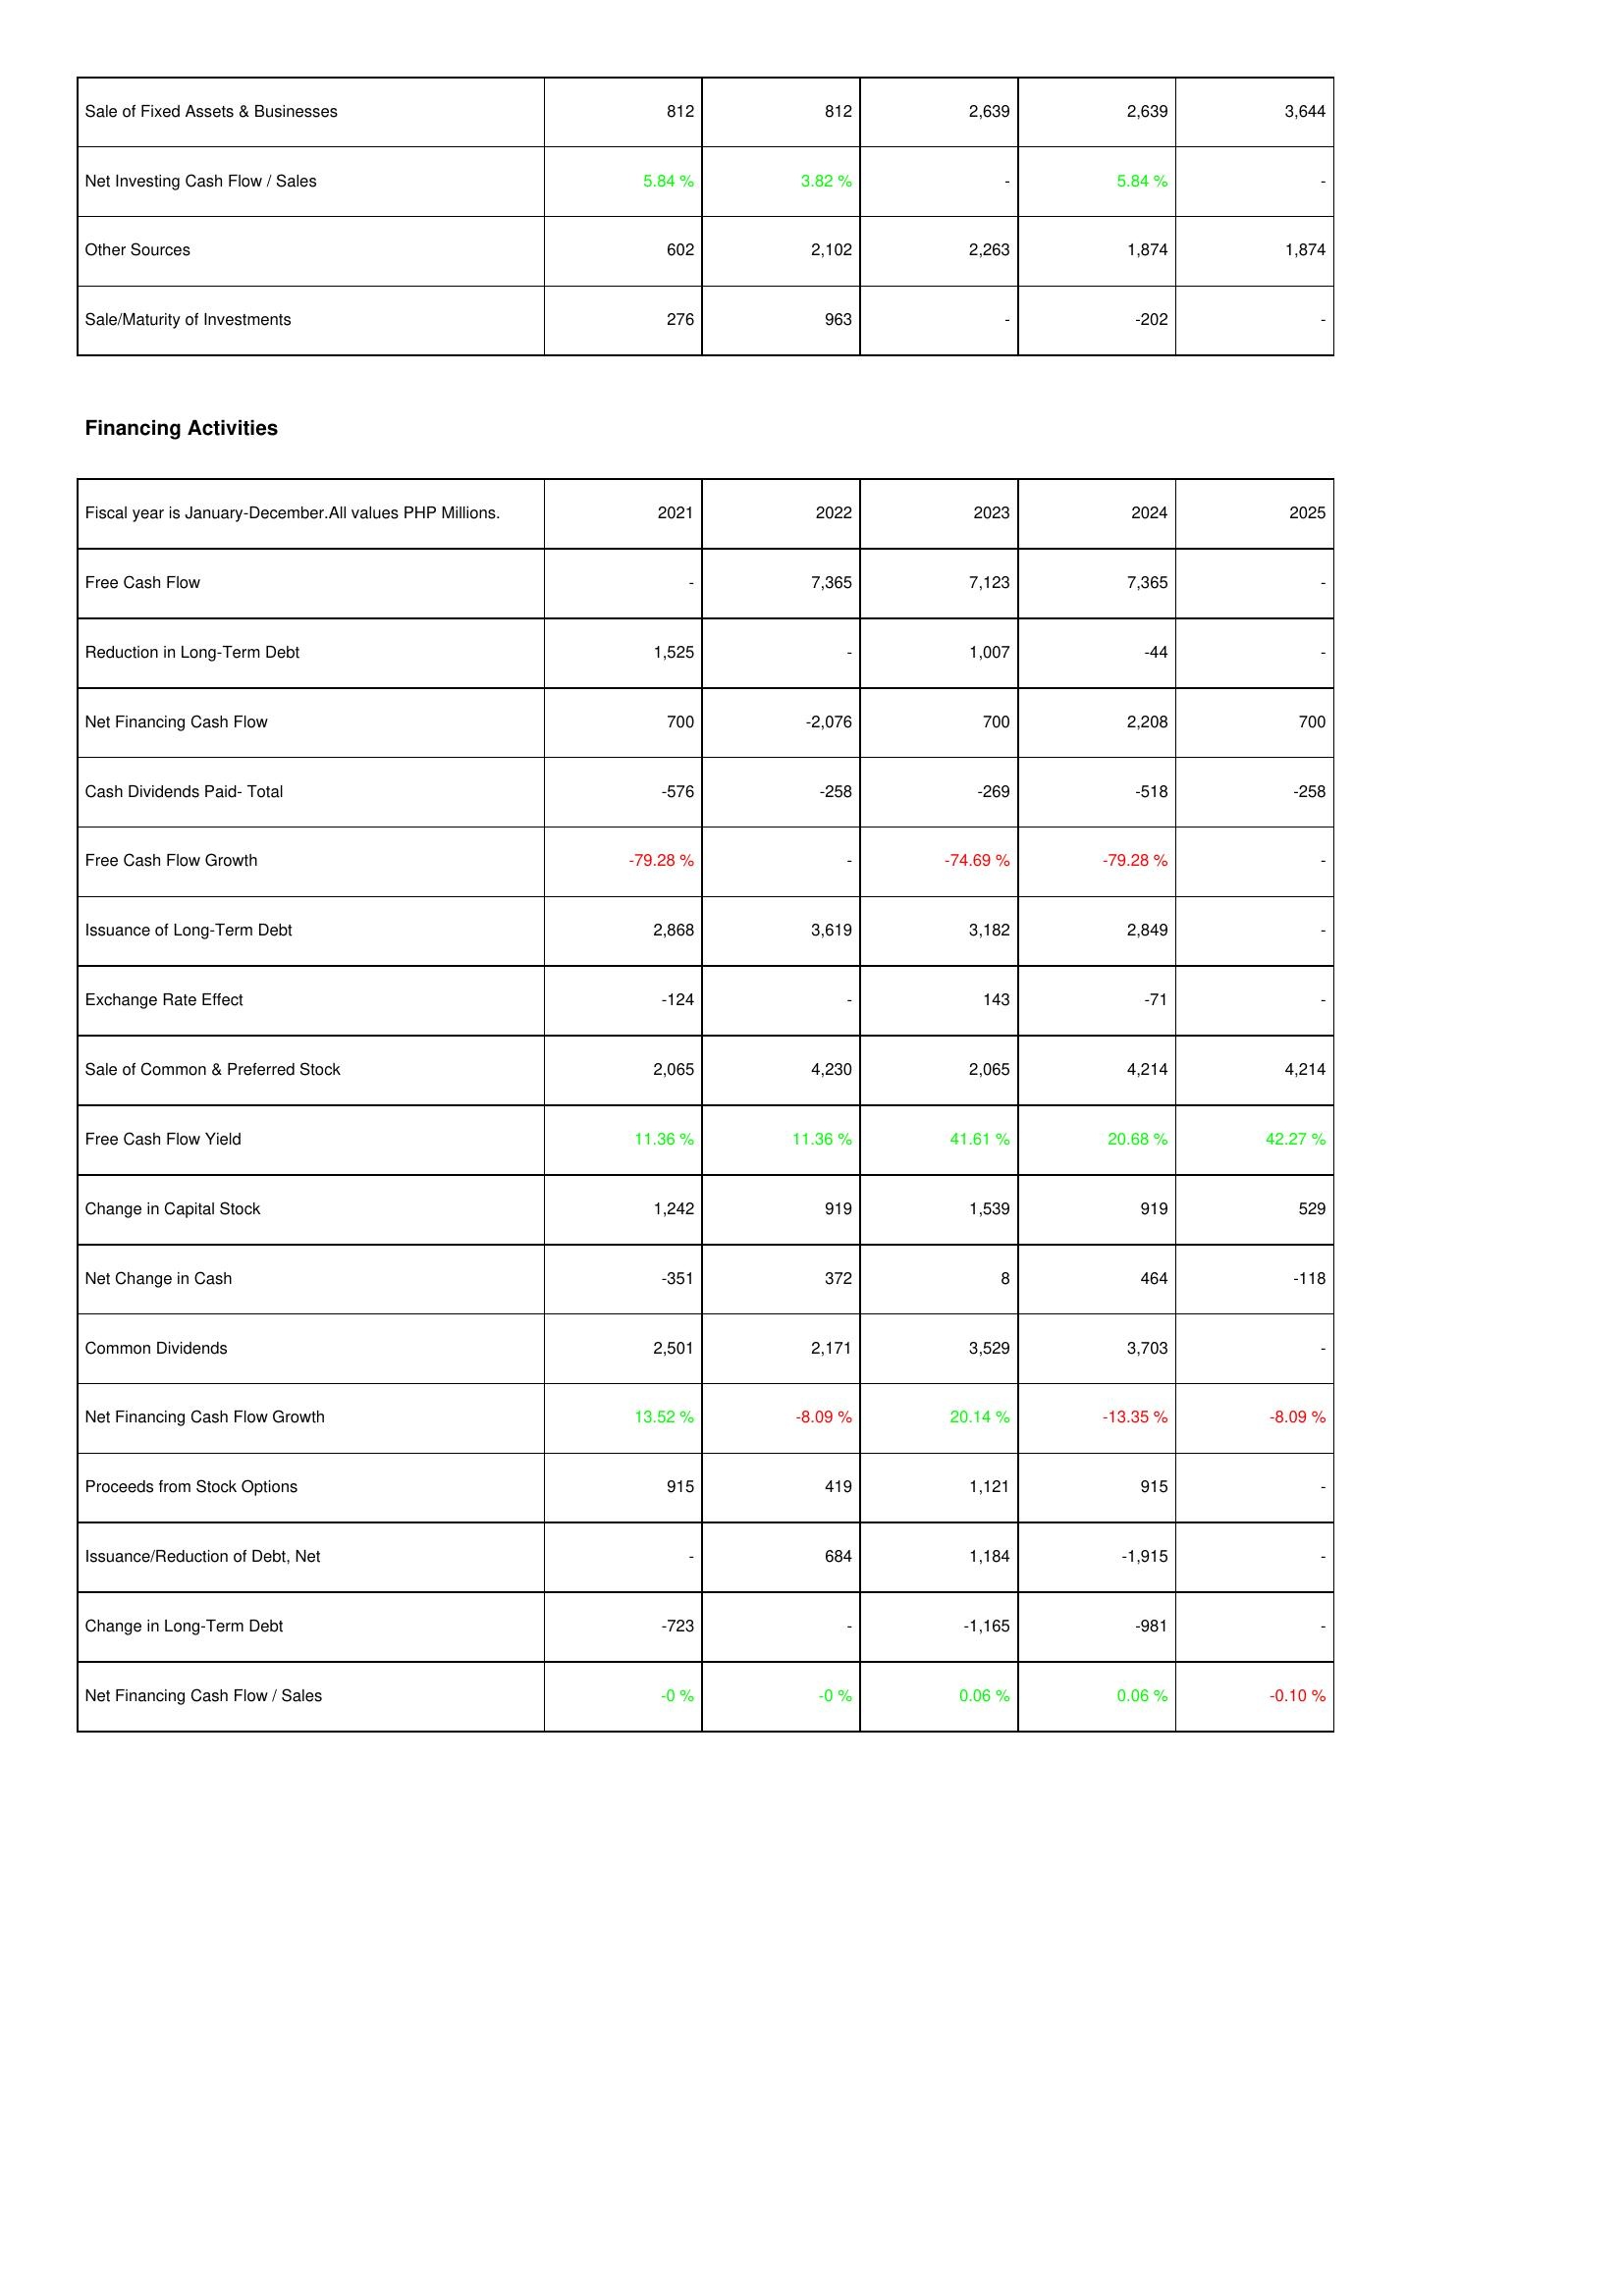
2021: Investing Activities: Sale of Fixed Assets & Businesses: 812
Net Investing Cash Flow / Sales: 5.84 %
Other Sources: 602
Sale/Maturity of Investments: 276
Financing Activities: Free Cash Flow: -
Reduction in Long-Term Debt: 1,525
Net Financing Cash Flow: 700
Cash Dividends Paid- Total: -576
Free Cash Flow Growth: -79.28 %
Issuance of Long-Term Debt: 2,868
Exchange Rate Effect: -124
Sale of Common & Preferred Stock: 2,065
Free Cash Flow Yield: 11.36 %
Change in Capital Stock: 1,242
Net Change in Cash: -351
Common Dividends: 2,501
Net Financing Cash Flow Growth: 13.52 %
Proceeds from Stock Options: 915
Issuance/Reduction of Debt, Net: -
Change in Long-Term Debt: -723
Net Financing Cash Flow / Sales: -0 %
2022: Investing Activities: Sale of Fixed Assets & Businesses: 812
Net Investing Cash Flow / Sales: 3.82 %
Other Sources: 2,102
Sale/Maturity of Investments: 963
Financing Activities: Free Cash Flow: 7,365
Reduction in Long-Term Debt: -
Net Financing Cash Flow: -2,076
Cash Dividends Paid- Total: -258
Free Cash Flow Growth: -
Issuance of Long-Term Debt: 3,619
Exchange Rate Effect: -
Sale of Common & Preferred Stock: 4,230
Free Cash Flow Yield: 11.36 %
Change in Capital Stock: 919
Net Change in Cash: 372
Common Dividends: 2,171
Net Financing Cash Flow Growth: -8.09 %
Proceeds from Stock Options: 419
Issuance/Reduction of Debt, Net: 684
Change in Long-Term Debt: -
Net Financing Cash Flow / Sales: -0 %
2023: Investing Activities: Sale of Fixed Assets & Businesses: 2,639
Net Investing Cash Flow / Sales: -
Other Sources: 2,263
Sale/Maturity of Investments: -
Financing Activities: Free Cash Flow: 7,123
Reduction in Long-Term Debt: 1,007
Net Financing Cash Flow: 700
Cash Dividends Paid- Total: -269
Free Cash Flow Growth: -74.69 %
Issuance of Long-Term Debt: 3,182
Exchange Rate Effect: 143
Sale of Common & Preferred Stock: 2,065
Free Cash Flow Yield: 41.61 %
Change in Capital Stock: 1,539
Net Change in Cash: 8
Common Dividends: 3,529
Net Financing Cash Flow Growth: 20.14 %
Proceeds from Stock Options: 1,121
Issuance/Reduction of Debt, Net: 1,184
Change in Long-Term Debt: -1,165
Net Financing Cash Flow / Sales: 0.06 %
2024: Investing Activities: Sale of Fixed Assets & Businesses: 2,639
Net Investing Cash Flow / Sales: 5.84 %
Other Sources: 1,874
Sale/Maturity of Investments: -202
Financing Activities: Free Cash Flow: 7,365
Reduction in Long-Term Debt: -44
Net Financing Cash Flow: 2,208
Cash Dividends Paid- Total: -518
Free Cash Flow Growth: -79.28 %
Issuance of Long-Term Debt: 2,849
Exchange Rate Effect: -71
Sale of Common & Preferred Stock: 4,214
Free Cash Flow Yield: 20.68 %
Change in Capital Stock: 919
Net Change in Cash: 464
Common Dividends: 3,703
Net Financing Cash Flow Growth: -13.35 %
Proceeds from Stock Options: 915
Issuance/Reduction of Debt, Net: -1,915
Change in Long-Term Debt: -981
Net Financing Cash Flow / Sales: 0.06 %
2025: Investing Activities: Sale of Fixed Assets & Businesses: 3,644
Net Investing Cash Flow / Sales: -
Other Sources: 1,874
Sale/Maturity of Investments: -
Financing Activities: Free Cash Flow: -
Reduction in Long-Term Debt: -
Net Financing Cash Flow: 700
Cash Dividends Paid- Total: -258
Free Cash Flow Growth: -
Issuance of Long-Term Debt: -
Exchange Rate Effect: -
Sale of Common & Preferred Stock: 4,214
Free Cash Flow Yield: 42.27 %
Change in Capital Stock: 529
Net Change in Cash: -118
Common Dividends: -
Net Financing Cash Flow Growth: -8.09 %
Proceeds from Stock Options: -
Issuance/Reduction of Debt, Net: -
Change in Long-Term Debt: -
Net Financing Cash Flow / Sales: -0.10 %